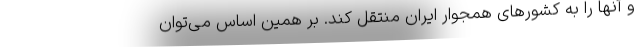
و آنها را به کشورهای همجوار ایران منتقل کند. بر همین اساس می‌توان